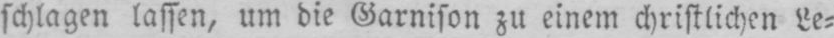
schlagen lassen, um die Garnison zu einem christlichen Le⸗